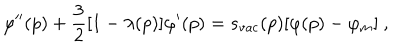
LaTeX: \varphi ^ { \prime \prime } ( p ) + { \frac { 3 } { 2 } } [ 1 - \lambda ( p ) ] \varphi ^ { \prime } ( p ) = s _ { \mathrm { v a c } } ( p ) [ \varphi ( p ) - \varphi _ { m } ] \ ,